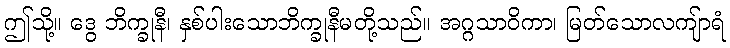
ဤသို့။ ဒွေ ဘိက္ခုနီ၊ နှစ်ပါးသောဘိက္ခုနီမတို့သည်။ အဂ္ဂသာဝိကာ၊ မြတ်သောလကျ်ာရံ